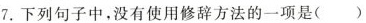
7.下列句子中，没有使用修辞方法的一项是( )